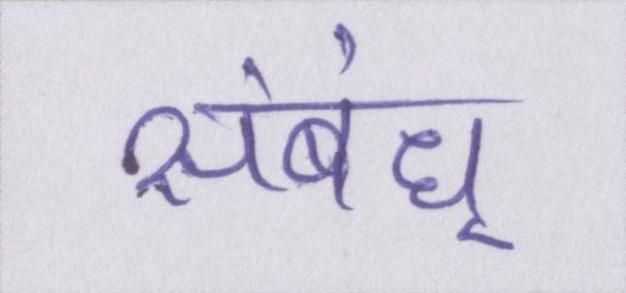
संबंध्